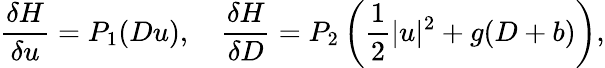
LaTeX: \frac{\delta H}{\delta u}=P_{1}(Du),\quad\frac{\delta H}{\delta D}=P_{2}\left(\frac{1}{2}|u|^{2}+g(D+b)\right),